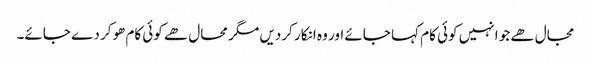
مجال ھے جو انہیں کوئی کام کہا جائے اور وہ انکار کردیں مگر محال ھے کوئی کام ھوکر دے جائے۔